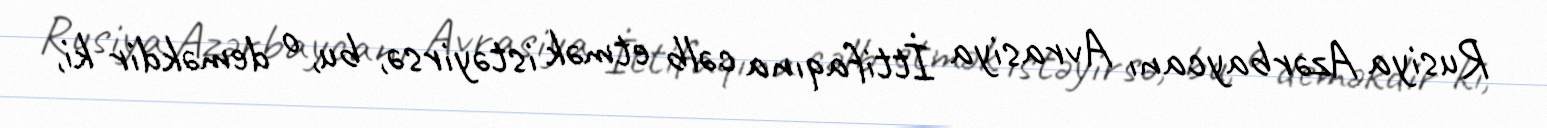
Rusiya Azərbaycanı Avrasiya İttifaqına cəlb etmək istəyirsə, bu, o deməkdir ki,